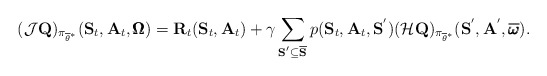
\begin{align*} (\mathcal{J}\mathbf{Q})_{\pi_{\overline{\theta}^{*}}}(\mathbf{S}_t, \mathbf{A}_t, \pmb{\Omega}) = \mathbf{R}_t(\mathbf{S}_t, \mathbf{A}_t)+\gamma\sum_{\mathbf{S}^{'}\subseteq \overline{\mathbf{S}}}p(\mathbf{S}_t, \mathbf{A}_t, \mathbf{S}^{'}) (\mathcal{H}\mathbf{Q})_{\pi_{\overline{\theta}^{*}}}(\mathbf{S}^{'}, \mathbf{A}^{'}, \overline{\pmb{\omega}}).\end{align*}